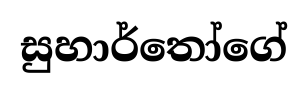
සුහාර්තෝගේ